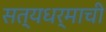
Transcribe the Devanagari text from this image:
सत्यधर्माची